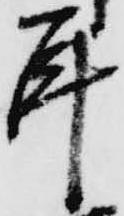
耳